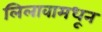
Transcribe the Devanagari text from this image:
लिलावामधून